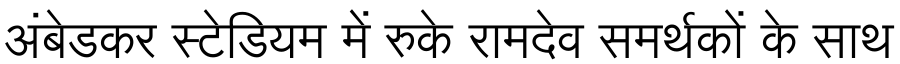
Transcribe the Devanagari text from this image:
अंबेडकर स्टेडियम में रुके रामदेव समर्थकों के साथ